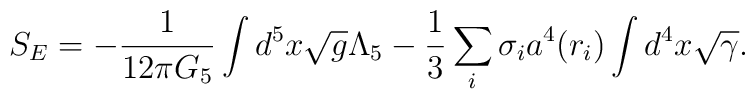
S_E=-{1\over 12\pi G_5}\int d^5 x\sqrt{g} \Lambda_5-{1\over 3} \sum_i\sigma_i a^4(r_i)\int d^4 x \sqrt{\gamma}.